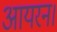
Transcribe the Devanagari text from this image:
आयरन।